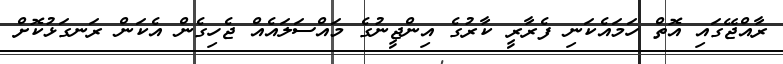
ރާއްޖޭގައި އޮތް ހަމައެކަނި ފެރާރީ ކާރުގެ އިންޖީނުގެ މައްސަލައެއް ޖެހިގެން އެކަން ރަނގަޅުކޮށް